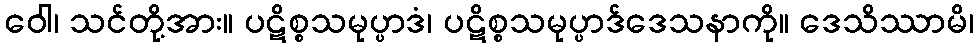
ဝေါ၊ သင်တို့အား။ ပဋိစ္စသမုပ္ပာဒံ၊ ပဋိစ္စသမုပ္ပာဒ်ဒေသနာကို။ ဒေသိဿာမိ၊